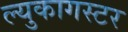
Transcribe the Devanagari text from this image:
ल्युकागस्टर